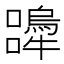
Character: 𭌨